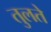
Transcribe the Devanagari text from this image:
तुलते